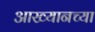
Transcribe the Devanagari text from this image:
आख्यानच्या